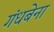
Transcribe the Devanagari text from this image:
गंधबेना